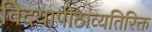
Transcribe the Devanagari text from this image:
विदयापीठांव्यतिरिक्त